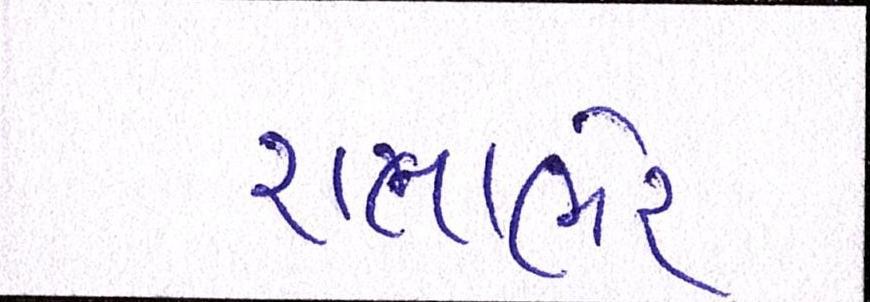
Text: રાતાભેર